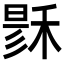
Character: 𥟟